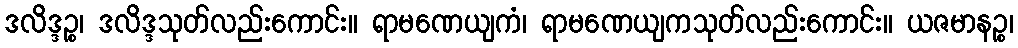
ဒလိဒ္ဒဉ္စ၊ ဒလိဒ္ဒသုတ်လည်းကောင်း။ ရာမဏေယျကံ၊ ရာမဏေယျကသုတ်လည်းကောင်း။ ယဇမာနဉ္စ၊